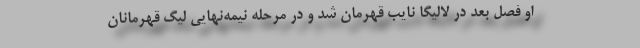
او فصل بعد در لالیگا نایب قهرمان شد و در مرحله نیمه‌نهایی لیگ قهرمانان